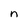
Character: n